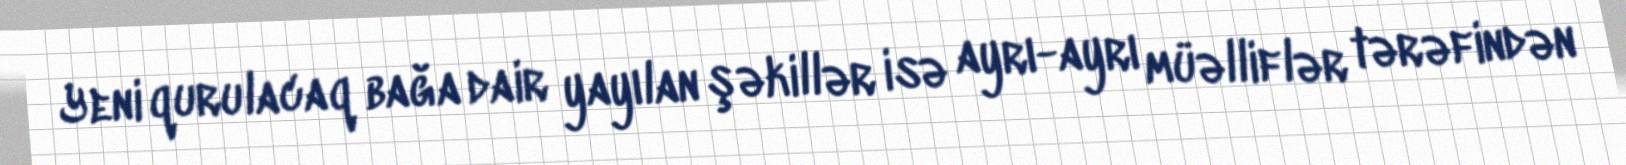
Yeni qurulacaq bağa dair yayılan şəkillər isə ayrı-ayrı müəlliflər tərəfindən